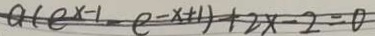
a ( e ^ { x - 1 } - e ^ { - x + 1 } ) + 2 x - 2 = 0